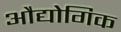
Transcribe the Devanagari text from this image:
अौद्योगिक